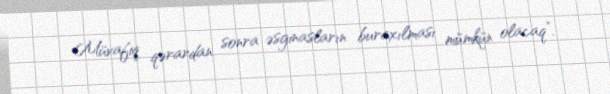
Müvafiq qərardan sonra əsginasların buraxılması mümkün olacaq”.